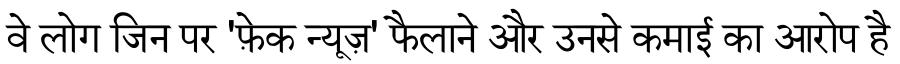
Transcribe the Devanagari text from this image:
वे लोग जिन पर 'फ़ेक न्यूज़' फैलाने और उनसे कमाई का आरोप है